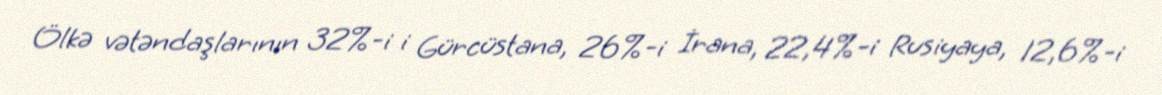
Ölkə vətəndaşlarının 32%-i i Gürcüstana, 26%-i İrana, 22,4%-i Rusiyaya, 12,6%-i